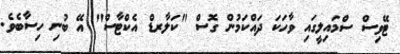
ޓޭވިސް ސްމައިލީގައި ވާހަކަ ދައްކަމުން ގޮސް "ކަލާރޑް އެކްޓާސް" އޭ ބުނި ހިސާބެވެ.